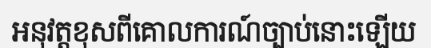
អនុវត្តខុសពីគោលការណ៍ច្បាប់នោះឡើយ